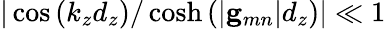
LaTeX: |\cos\left(k_{z}d_{z}\right)/\cosh\left(\left|{\mathbf g}_{mn}\right|d_{z}\right)|\ll 1